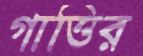
গাত্তির